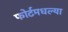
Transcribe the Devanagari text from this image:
फोर्टमधल्या